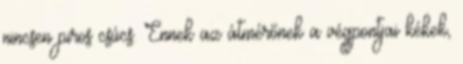
nincsen piros csúcs. Ennek az átmérőnek a végpontjai kékek,